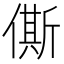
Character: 㒋